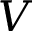
V